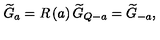
\widetilde { G } _ { a } = R \left( a \right) \widetilde { G } _ { Q - a } = \widetilde { G } _ { - a } ,